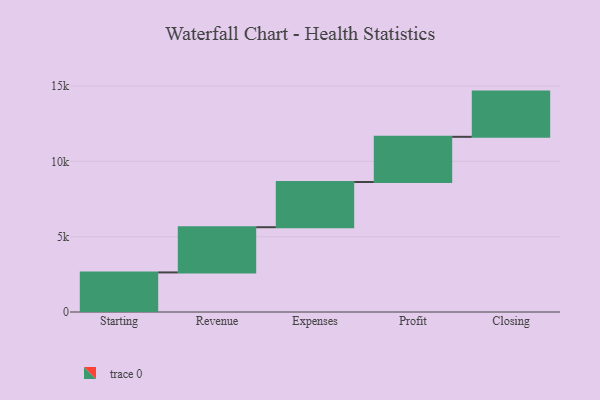
{"axis": {"x": "Step", "y": "Value"}, "legend": [""], "data": [{"x": "Starting", "y": 2626.0, "type": ""}, {"x": "Revenue", "y": 3000, "type": ""}, {"x": "Expenses", "y": 3000, "type": ""}, {"x": "Profit", "y": 3000, "type": ""}, {"x": "Closing", "y": 3000, "type": ""}]}